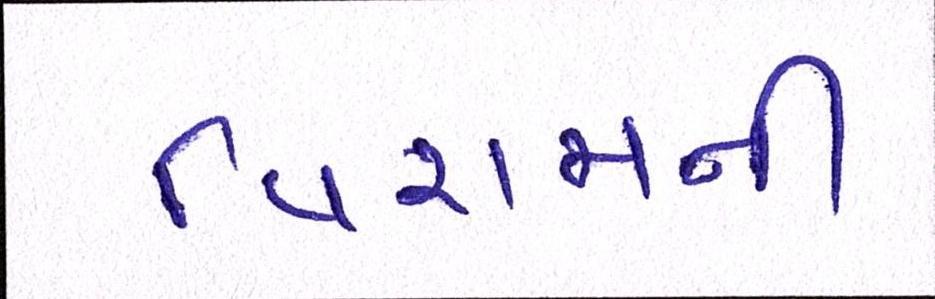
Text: વિરામની